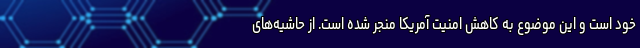
خود است و این موضوع به کاهش امنیت آمریکا منجر شده است. از حاشیه‌های